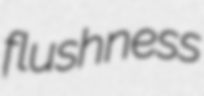
flushness